Statistical return of the lunatic asylum in Assam - 1912-1932
Year: 1912
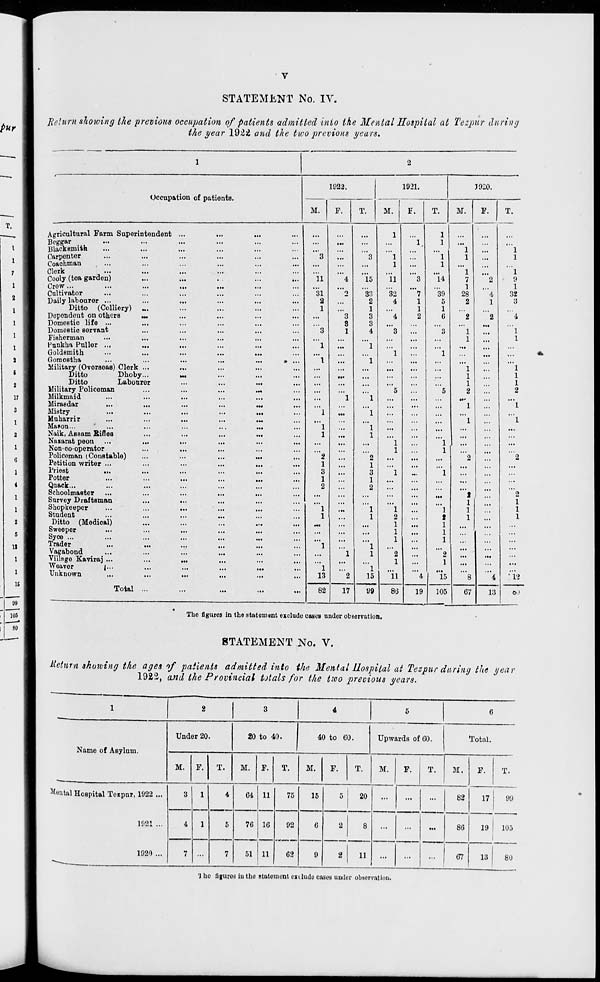
V
STATEMENT No. IV.
Return showing the previous occupation of patients admitted into ike Menial Hospital at Tezpur during
the year 1922 and the two previous years.
1
2
1922.
1921.
3920.
Occupation of patients.
M.
F.
T.
M.
X.
T.
M.
F.
T.
Agricultural Farm Superintendent ...
1
"l
1
1
Beggar
...
...
...
...
,,.
...
...
...
Blacksmith
...
...
...
...
...
...
1
...
1
Carpenter
...
3
...
3
1
...
1
1
...
1
Coachman
. ...
...
...
...
...
1
...
1
...
...
...
Clerk
...
...
...
...
...
...
1
...
1
Cooly (tea garden)
...
11
4
15
11
3
14
7
2
9
1
Crow...
•••
•••
...
••»
...
...
...
...
...
...
...
1
Cultivator
...
31
o
33
32
7
39
28
4
32
Daily labourer ...
...
2
...
2
4
1
5
2
1
3
Ditto (Colliery) „.
...
1
...
1
...
1
1
...
...
...
Dependent on others
».
...
...
3
3
4
2
6
2
2
4
Domestic life ...
...
...
3
3
...
...
...
...
...
Domestic servant
...
3
1
4
3
...
3
1
...
1
Fisherman
...
...
...
...
...
...
...
1
...
1
Punkha Puller ...
...
1
...
1
...
...
...
...
...
Goldsmith
...
...
...
...
1
...
1
...
...
...
Gomostha
...
• ...
1
1
...
...
...
...
...
...
Military (Overseas) Clerk ...
...
...
...
...
...
...
...
1
...
1
Ditto
Dhoby...
M .
...
...
...
...
...
...
1
...
1
Ditto
Labourer
...
...
...
...
...
...
1
...
1
Military Policeman
m
...
...
...
5
...
5
2
...
2
Milkmaid
1
1
...
...
..-
...
...
Mirasdar
...
...
...
...
...
...
1
...
1
Mistry
...
1
...
1
...
...
...
...
...
*"l
Muharrir
•M
...
...
...
...
1
i
Manon...
...
1
1
...
...
...
!
Naik, Assam Bines
...
1
...
1
...
...
...
...
Naiarat peon
...
1
1
-
...
Non-co-operator
...
...
1
...
1
...
...
Policeman (Constable)
...
2
2
...
...
...
2
2
Petition writer ...
...
•••
1
1
...
...
...
...
Priest
...
...
3
3
1
1
...
I
Potter
...
...
1
1
...
...
...
1
Quack...
...
2
2
...
I
Schoolmastor
...
...
...
1
2
1
Survey Draftsman
...
...
...
1
1
1
Shopkeeper
...
1
...
1
1
...
1
1
1
I
Student
...
...
...
...
1
1
2
I
1
1
I
Ditto (Medical)
...
...
Ml
1
...
1
1
Sweeper
...
...
1
...
1
...
1
Syoe ...
...
1
1
...
I
Trader
1
1
I
Vagabond
...
...
1
1
2
2
I
Village Kaviraj ...
1
1
...
1
Weaver
J...
...
...
1
1
1
Unknown
1
Total ...
...
13
2
15
11
4
15
8
4
:i2
16 11
82
17
99
86
19
105
67
13
o.)
99 1
105 1 1
The figures in the statement exclude cases under observation.
-
60 j
STATEMENT No. V.
Hetnm showing the ages of patients admitted into the Mental Hospital at Tespur during the year
19£'2, and the Provincial totals for the two previous years.
1
2
3
4
5
6
Name of Asylum.
Under 20.
20 to 40.
40 to 60.
Upwards of 60.
Total.
M.
F.
T.
M. F.
T.
M.
F.
T.
M.
F.
T.
M.
F.
T.
Cental Hospital Tetpnr, 1922 ...
3
1
4
64 11
75
15
5
20
...
...
...
82
17
99
1921 ...
4
1
5
70 10
92
G2
6
2
8
...
...
...
86
19
105
1920 ...
7 ...
7
51 11
9
2
11
i
...
... (
67
13
80
' J he fijuros iu the etatoment enludo cases under observation.